King Institute of Preventive Medicine Micro-Biological Section reports 1909-11
Year: 1909
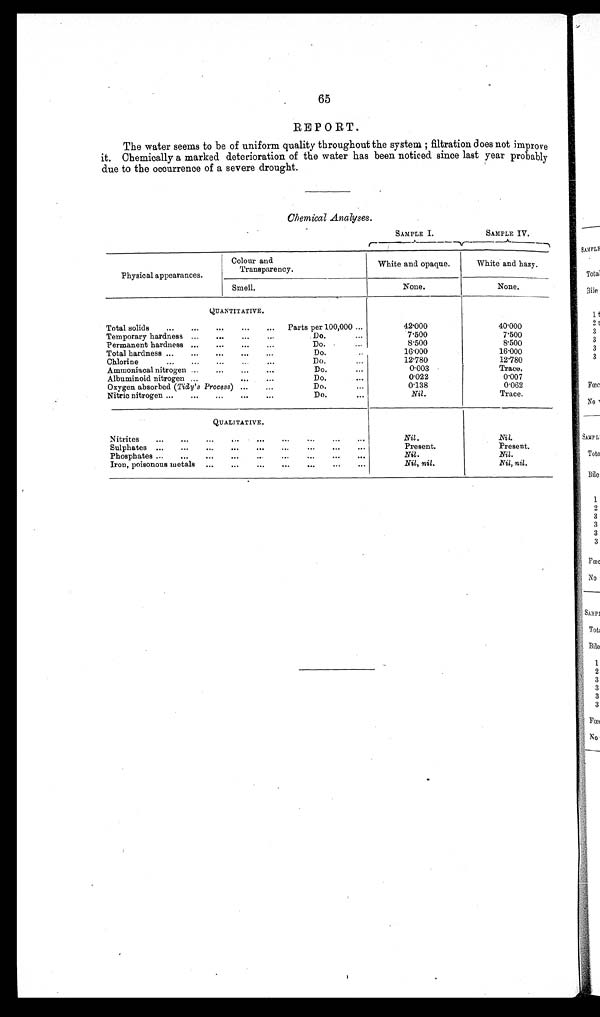
65
REPORT.
The water seems to be of uniform quality throughout the system; filtration does not improve
it. Chemically a marked deterioration of the water has been noticed since last year probably
due to the occurrence of a severe drought.
Chemical Analyses.
SAMPLE I.
SAMPLE IV.
Colour and
Transparency.
Physical appearances.
White and opaque.
White and hazy.
Smell.
None.
None.
QUANTITATIVE.
Total solids
...
...
...
...
...
Parts per 100,000 ...
42.000
40.000
Temporary hardness ...
...
...
...
Do.
...
7.500
7.500
Permanent hardness ...
...
...
...
Do.
...
8.500
8.500
Total hardness ...
...
...
...
...
Do.
. . .
16.000
16.000
Chlorine
...
...
...
..
...
Do.
...
12.780
12.780
Ammoniacal nitrogen ...
...
...
...
Do.
. . .
0.003
Trace.
Albuminoid nitrogen ...
... ...
Do.
...
0.022
0.007
Oxygen absorbed ( Tidy's Process ) ...
...
Do.
0.138
0.062
Nitric nitrogen ...
...
...
...
...
Do.
...
Nil.
Trace.
QUALITATIVE.
Nitrites
...
...
...
...
...
...
...
...
...
Nil.
Nil.
Sulphates ...
...
...
...
...
...
...
...
...
Present.
Present.
Phosphates ...
...
...
...
. . .
. . .
. . .
. . .
. . .
Nil.
Nil.
Iron, poisonous metals
...
...
...
...
...
...
...
Nil, nil.
Nil, nil.